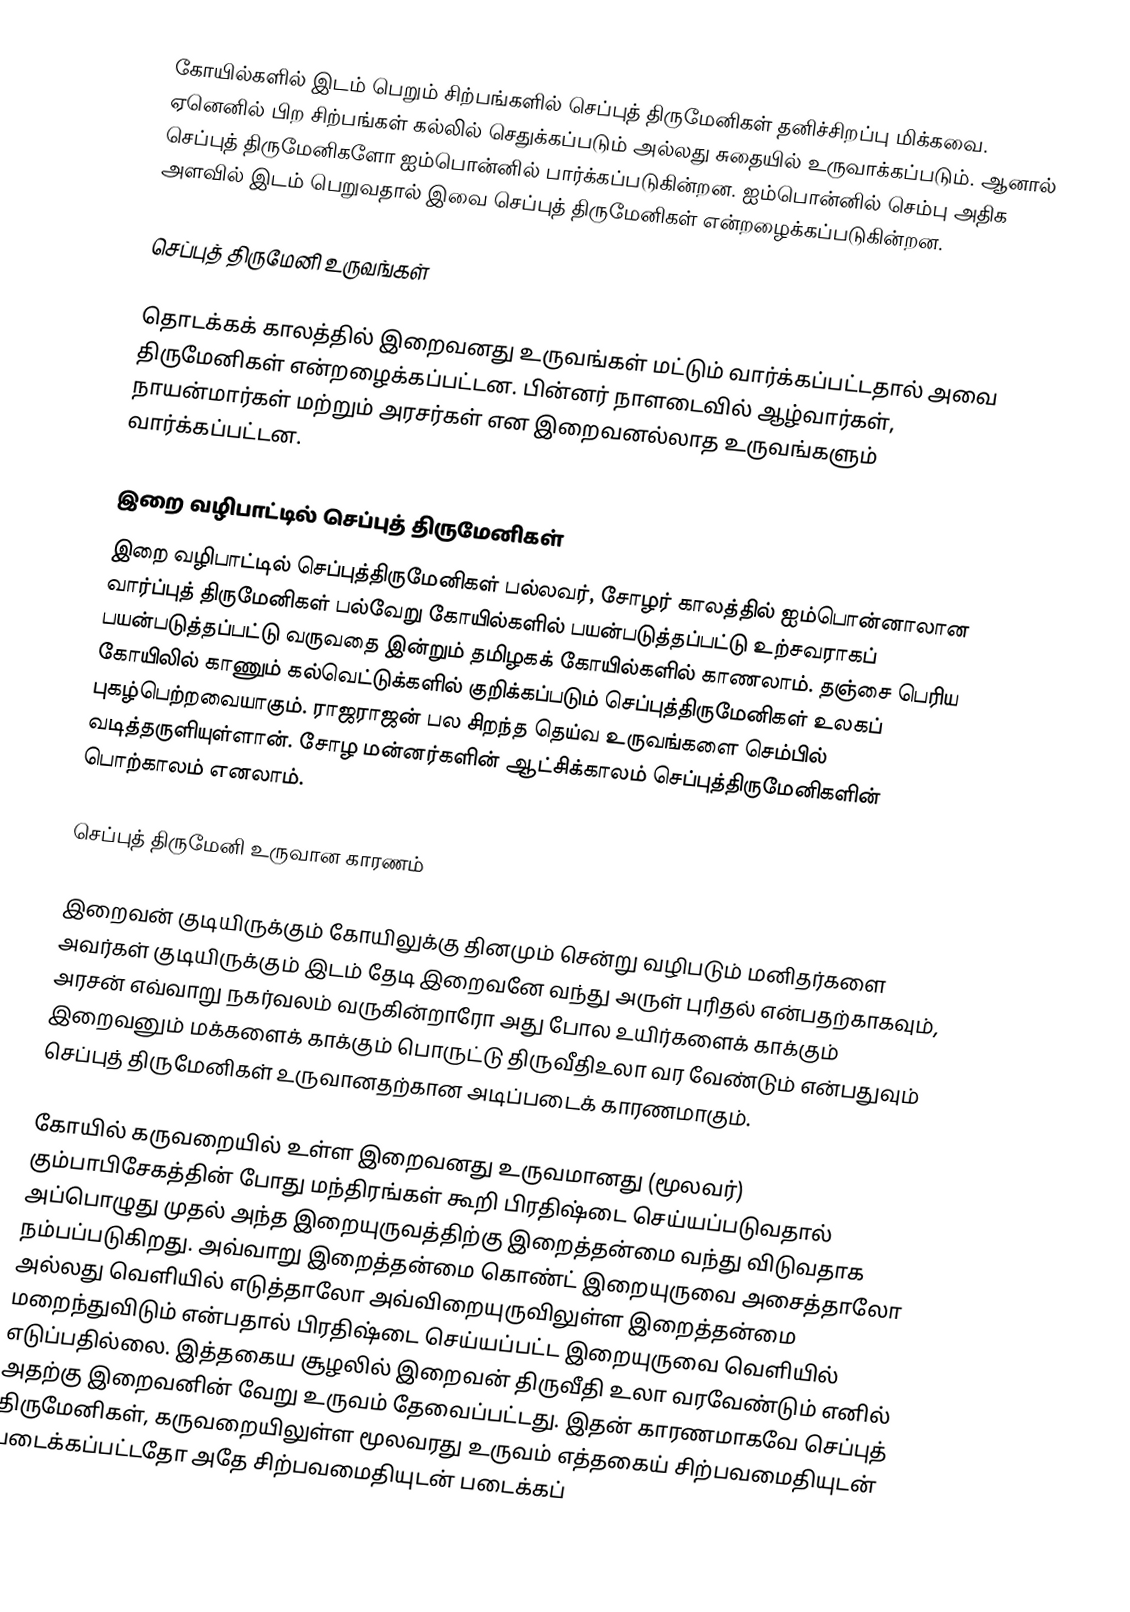
கோயில்களில் இடம் பெறும் சிற்பங்களில் செப்புத் திருமேனிகள் தனிச்சிறப்பு மிக்கவை. ஏனெனில் பிற சிற்பங்கள் கல்லில் செதுக்கப்படும் அல்லது சுதையில் உருவாக்கப்படும். ஆனால் செப்புத் திருமேனிகளோ ஐம்பொன்னில்  பார்க்கப்படுகின்றன. ஐம்பொன்னில் செம்பு அதிக அளவில் இடம் பெறுவதால் இவை செப்புத் திருமேனிகள் என்றழைக்கப்படுகின்றன.

செப்புத் திருமேனி உருவங்கள்

தொடக்கக் காலத்தில் இறைவனது உருவங்கள் மட்டும் வார்க்கப்பட்டதால் அவை திருமேனிகள் என்றழைக்கப்பட்டன. பின்னர் நாளடைவில் ஆழ்வார்கள், நாயன்மார்கள் மற்றும் அரசர்கள் என இறைவனல்லாத உருவங்களும் வார்க்கப்பட்டன.

இறை வழிபாட்டில் செப்புத் திருமேனிகள்
இறை வழிபாட்டில் செப்புத்திருமேனிகள் பல்லவர், சோழர் காலத்தில் ஐம்பொன்னாலான வார்ப்புத் திருமேனிகள் பல்வேறு கோயில்களில் பயன்படுத்தப்பட்டு உற்சவராகப் பயன்படுத்தப்பட்டு வருவதை இன்றும் தமிழகக் கோயில்களில் காணலாம். தஞ்சை பெரிய கோயிலில் காணும் கல்வெட்டுக்களில் குறிக்கப்படும் செப்புத்திருமேனிகள் உலகப் புகழ்பெற்றவையாகும். ராஜராஜன் பல சிறந்த தெய்வ உருவங்களை செம்பில் வடித்தருளியுள்ளான். சோழ மன்னர்களின் ஆட்சிக்காலம் செப்புத்திருமேனிகளின் பொற்காலம் எனலாம்.

செப்புத் திருமேனி உருவான காரணம்

இறைவன் குடியிருக்கும் கோயிலுக்கு தினமும் சென்று வழிபடும் மனிதர்களை அவர்கள் குடியிருக்கும் இடம் தேடி இறைவனே வந்து அருள் புரிதல் என்பதற்காகவும், அரசன் எவ்வாறு நகர்வலம் வருகின்றாரோ அது போல உயிர்களைக் காக்கும் இறைவனும் மக்களைக் காக்கும் பொருட்டு திருவீதிஉலா வர வேண்டும் என்பதுவும் செப்புத் திருமேனிகள் உருவானதற்கான அடிப்படைக் காரணமாகும்.

கோயில் கருவறையில் உள்ள இறைவனது உருவமானது (மூலவர்) கும்பாபிசேகத்தின் போது மந்திரங்கள் கூறி பிரதிஷ்டை செய்யப்படுவதால் அப்பொழுது முதல் அந்த இறையுருவத்திற்கு இறைத்தன்மை வந்து விடுவதாக நம்பப்படுகிறது. அவ்வாறு இறைத்தன்மை கொண்ட் இறையுருவை அசைத்தாலோ அல்லது வெளியில் எடுத்தாலோ அவ்விறையுருவிலுள்ள இறைத்தன்மை மறைந்துவிடும் என்பதால் பிரதிஷ்டை செய்யப்பட்ட இறையுருவை வெளியில் எடுப்பதில்லை. இத்தகைய சூழலில் இறைவன் திருவீதி உலா வரவேண்டும் எனில் அதற்கு இறைவனின் வேறு உருவம் தேவைப்பட்டது. இதன் காரணமாகவே செப்புத் திருமேனிகள், கருவறையிலுள்ள மூலவரது உருவம் எத்தகைய் சிற்பவமைதியுடன் படைக்கப்பட்டதோ அதே சிற்பவமைதியுடன் படைக்கப்